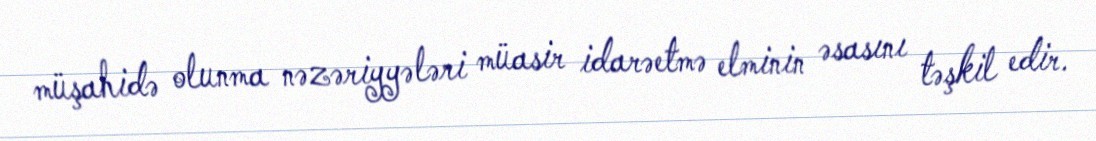
müşahidə olunma nəzəriyyələri müasir idarəetmə elminin əsasını təşkil edir.